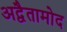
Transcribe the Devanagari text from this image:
अद्वैतामोद